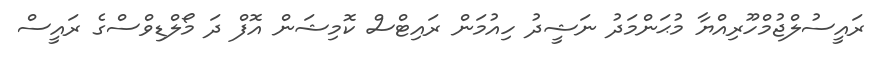
ރައީސުލްޖުމްހޫރިއްޔާ މުޙަންމަދު ނަޝީދު ހިއުމަން ރައިޓްސް ކޮމިޝަން އޮފް ދަ މޯލްޑިވްސްގެ ރައީސް